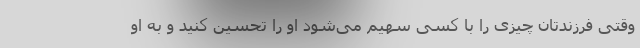
وقتی فرزندتان چیزی را با کسی سهیم می‌شود او را تحسین کنید و به او